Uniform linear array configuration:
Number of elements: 48
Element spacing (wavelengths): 0.25
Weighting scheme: exponential
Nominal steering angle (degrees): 0
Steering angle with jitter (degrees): -1.453
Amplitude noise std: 0.05
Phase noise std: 0.05

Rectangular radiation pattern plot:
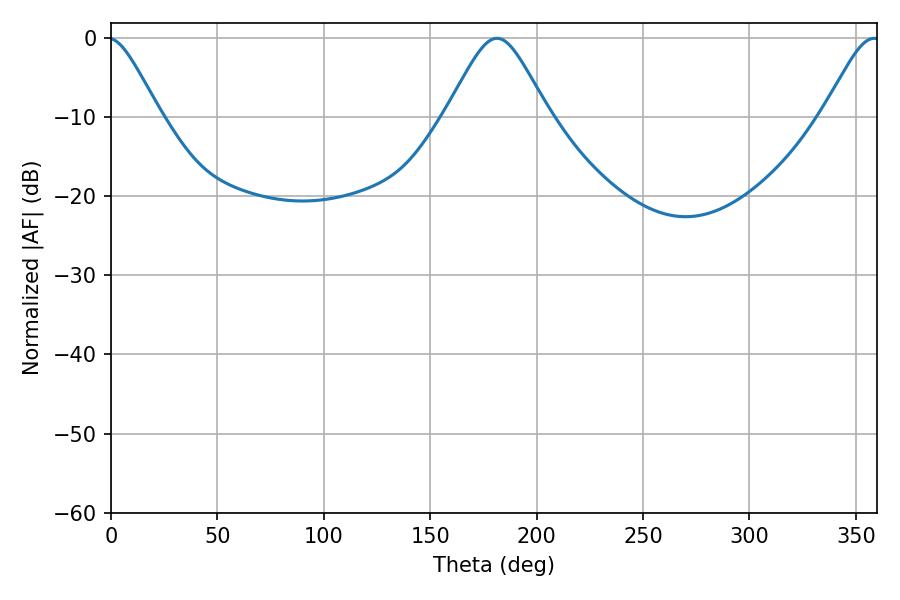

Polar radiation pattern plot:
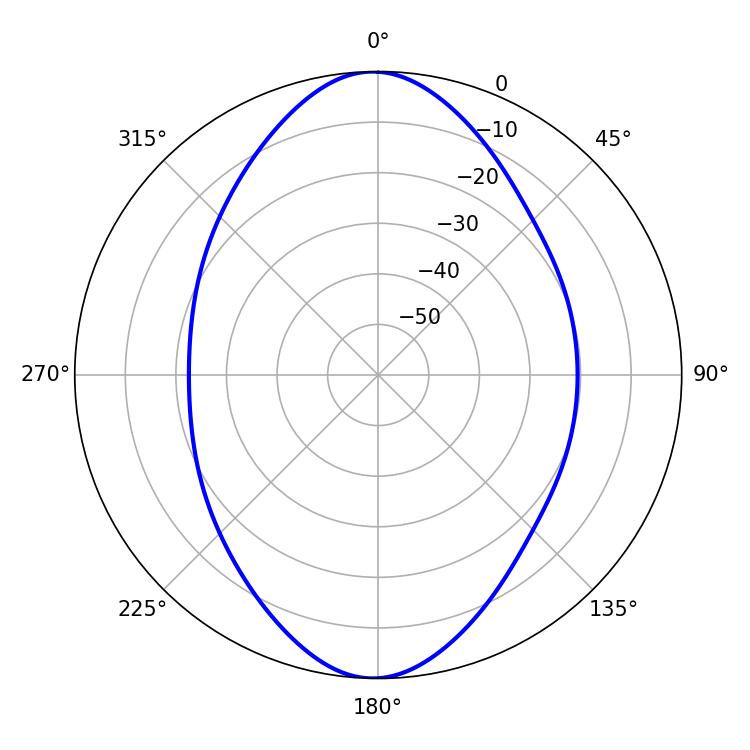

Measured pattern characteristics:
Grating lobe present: FALSE
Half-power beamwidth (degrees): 23.4
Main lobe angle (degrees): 181.44